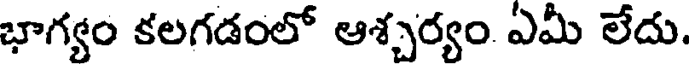
భాగ్యం కలగడంలో ఆశ్చర్యం ఏమీ లేదు.